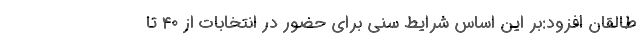
طالقان افزود:بر این اساس شرایط سنی برای حضور در انتخابات از ۴۰ تا